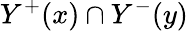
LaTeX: Y^{+}(x)\cap Y^{-}(y)